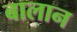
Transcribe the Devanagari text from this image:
बालान